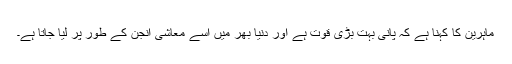
ماہرین کا کہنا ہے کہ پانی بہت بڑی قوت ہے اور دنیا بھر میں اسے معاشی انجن کے طور پر لیا جاتا ہے۔